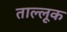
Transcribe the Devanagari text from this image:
ताल्लूक